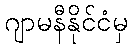
ဂျာမနီနိုင်ငံမှ